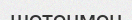
шетенмен